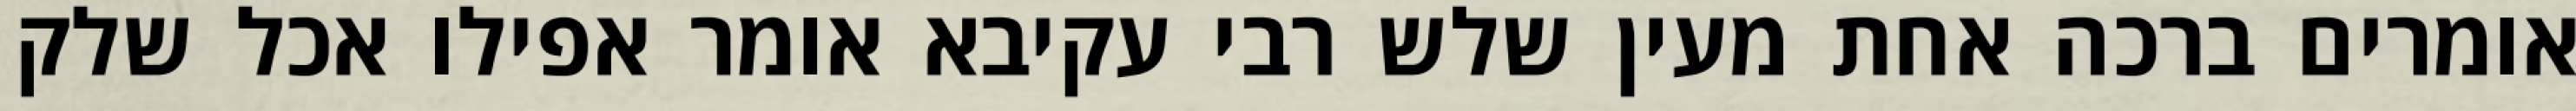
אומרים ברכה אחת מעין שלש רבי עקיבא אומר אפילו אכל שלק